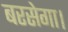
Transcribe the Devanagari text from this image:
बरसेगा।